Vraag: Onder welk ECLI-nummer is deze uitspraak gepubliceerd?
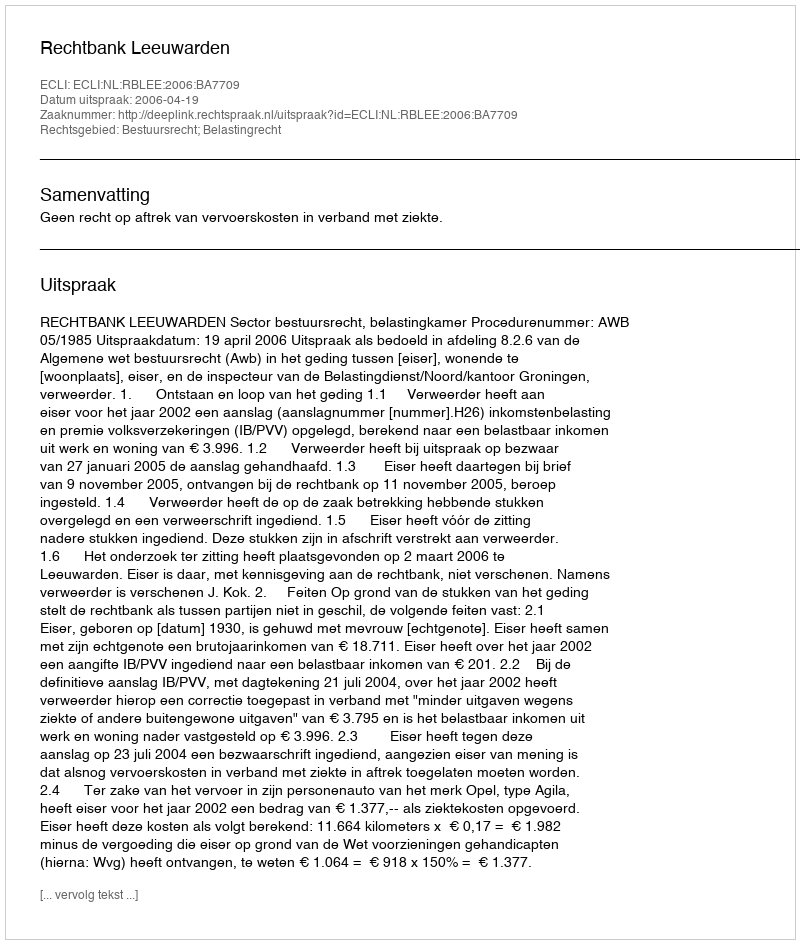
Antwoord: ECLI:NL:RBLEE:2006:BA7709